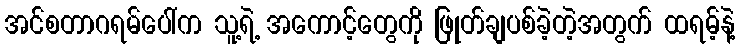
အင်စတာဂရမ်ပေါ်က သူ့ရဲ့ အကောင့်တွေကို ဖြုတ်ချပစ်ခဲ့တဲ့အတွက် ထရမ့်နဲ့